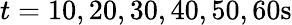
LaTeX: t=10,20,30,40,50,60\mathrm{s}